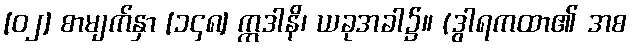
[၀၂] စာမျက်နှာ [၁၄၈] ဣဒါနိ၊ ယခုအခါ၌။ (ဒွါရကထာ၏ အစ